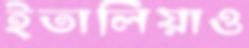
ইতালিয়াও